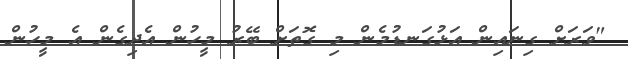
"ވަރަށް ގިނައިން އަޅުގަނޑުމެން މި ގޮތަށް ބޭރު މީހުން އެދިގެން އެ މީހުން